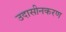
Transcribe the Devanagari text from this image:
उदासीनकरण